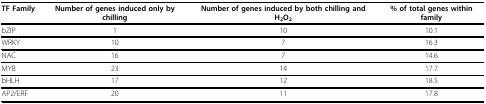
| TF Family | Number of genes induced only by chilling | Number of genes induced by both chilling and H2O2 | % of total genes within family |
 | --- | --- | --- | --- |
 | bZIP | 1 | 10 | 10.1 |
 | WRKY | 10 | 7 | 16.3 |
 | NAC | 16 | 7 | 14.6 |
 | MYB | 23 | 14 | 17.7 |
 | bHLH | 17 | 12 | 18.5 |
 | AP2/ERF | 20 | 11 | 17.8 |